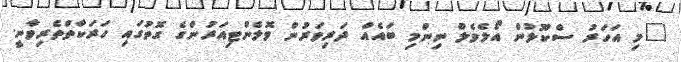
"މި އަހަރު ސްކޫލުން އޯލެވެލް ނިންމި ބައެއް ދަރިވަރުން ވޮލެންޓިއަރުންގެ ގޮތުގައި ހަރަކާތްތެރިވާނީ.